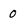
Character: 0